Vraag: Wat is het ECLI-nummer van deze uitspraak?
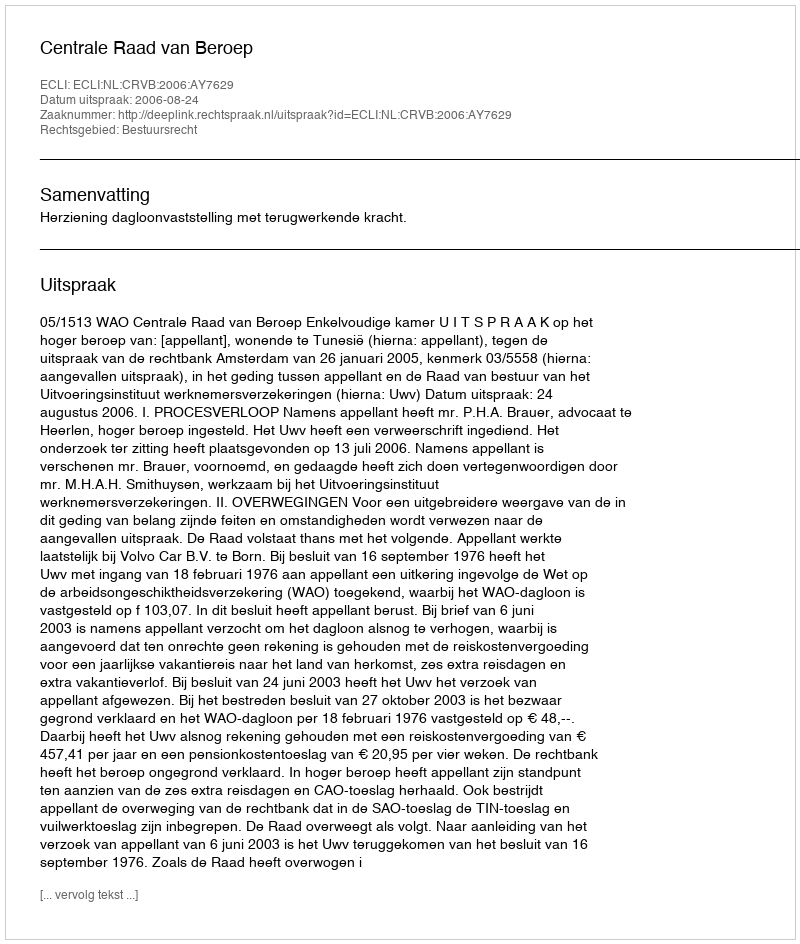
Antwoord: ECLI:NL:CRVB:2006:AY7629